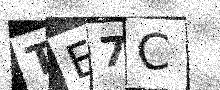
Text: TE7C